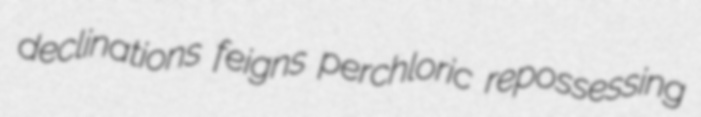
declinations feigns perchloric repossessing